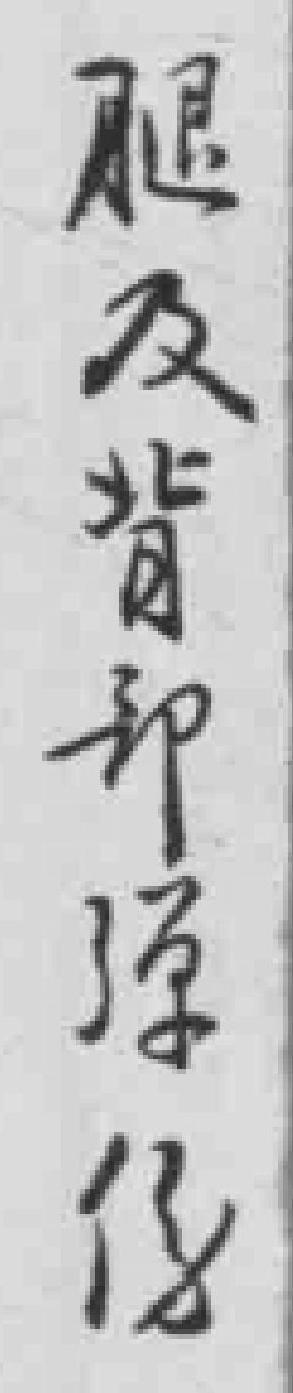
腿及背部弹伤